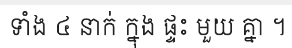
ទាំង ៤ នាក់ ក្នុង ផ្ទះ មួយ គ្នា ។